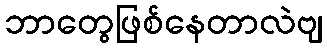
ဘာတွေဖြစ်နေတာလဲဗျ